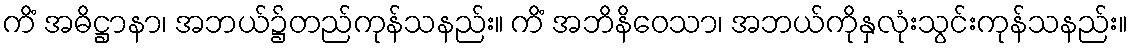
ကိံ အဓိဋ္ဌာနာ၊ အဘယ်၌တည်ကုန်သနည်း။ ကိံ အဘိနိဝေသာ၊ အဘယ်ကိုနှလုံးသွင်းကုန်သနည်း။